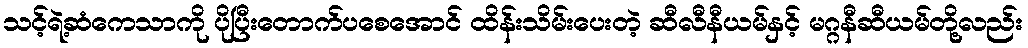
သင့်ရဲ့ဆံကေသာကို ပိုပြီးတောက်ပစေအောင် ထိန်းသိမ်းပေးတဲ့ ဆီလီနီယမ်နှင့် မဂ္ဂနီဆီယမ်တို့လည်း